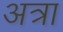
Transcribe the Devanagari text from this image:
अत्रा